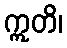
ဣတိ၊